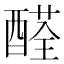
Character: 醛